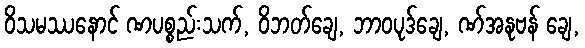
ဝိသမဿနောင် ဏပစ္စည်းသက်, ဝိဘတ်ချေ, ဘာဝပုဒ်ချေ, ဏ်အနုဗန် ချေ,